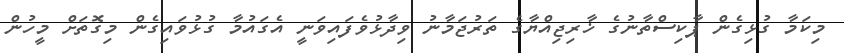
މިކަމާ ގުޅިގެން ޕާކިސްތާނުގެ ޚާރިޖިއްޔާގެ ތަރުޖަމާނު ވިދާޅުވެފައިވަނީ އެގައުމާ ގުޅުވައިގެން މިގޮތަށް މީހުން